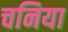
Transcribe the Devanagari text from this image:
चनिया